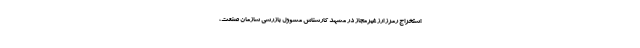
استخراج رمرز ارز غیرمجاز در مشهد کارشناس مسوول بازرسی سازمان صنعت،